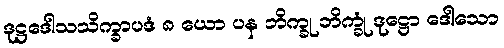
ဒုဋ္ဌဒေါသသိက္ခာပဒံ ၈ ယော ပန ဘိက္ခု ဘိက္ခုံ ဒုဋ္ဌော ဒေါသော